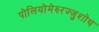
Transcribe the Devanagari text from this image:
पोलियोमेरुरज्जुशोथ